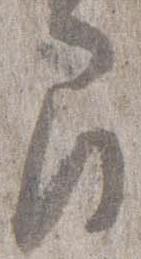
間